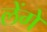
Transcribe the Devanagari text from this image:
लेंगें